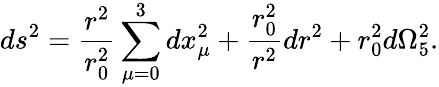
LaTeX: ds^{2}=\frac{r^{2}}{r_{0}^{2}}\sum_{\mu=0}^{3}dx_{\mu}^{2}+\frac{r_{0}^{2}}{r^{2}}dr^{2}+r_{0}^{2}d\Omega_{5}^{2}.